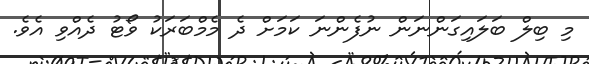
މި ބިލް ބަލައިގަންނަން ނުފެންނަ ކަމަށް ދެ މެމްބަރަކު ވޯޓު ދެއްވި އެވެ.